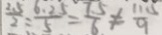
\frac { 2 . 5 } { 2 } = \frac { 6 . 2 5 } { 5 } = \frac { 7 . 5 } { 6 } \neq \frac { 1 1 5 } { 9 }